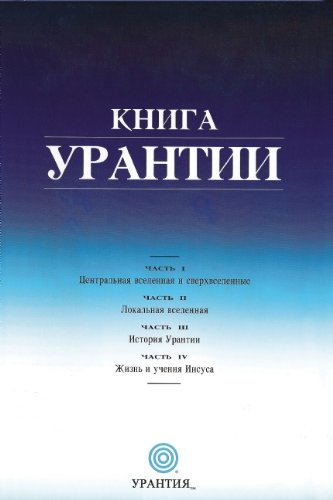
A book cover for Kniga Urantii (Russian Edition); Urantia Foundation; Religion & Spirituality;